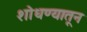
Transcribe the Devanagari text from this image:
शोधण्यातून